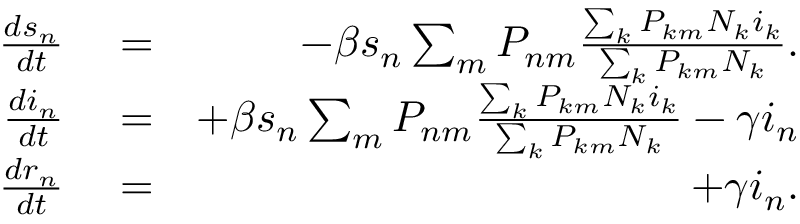
\begin{array} { r l r } { \frac { d s _ { n } } { d t } } & { { } = } & { - \beta s _ { n } \sum _ { m } P _ { n m } \frac { \sum _ { k } P _ { k m } N _ { k } i _ { k } } { \sum _ { k } P _ { k m } N _ { k } } . } \\ { \frac { d i _ { n } } { d t } } & { { } = } & { + \beta s _ { n } \sum _ { m } P _ { n m } \frac { \sum _ { k } P _ { k m } N _ { k } i _ { k } } { \sum _ { k } P _ { k m } N _ { k } } - \gamma i _ { n } } \\ { \frac { d r _ { n } } { d t } } & { { } = } & { + \gamma i _ { n } . } \end{array}